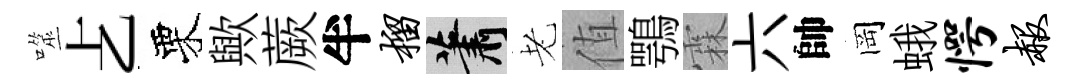
噬𠧒栗歟蕨半榴蕭老值鶚霖六帥岡蛾愕赧